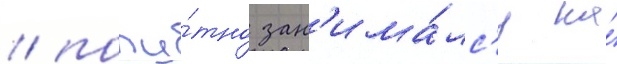
/ попу́тно зан'има́лс'я на́